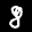
Label: 8